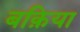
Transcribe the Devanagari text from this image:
बक़िया